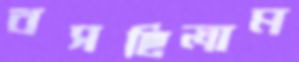
বসছিলাম